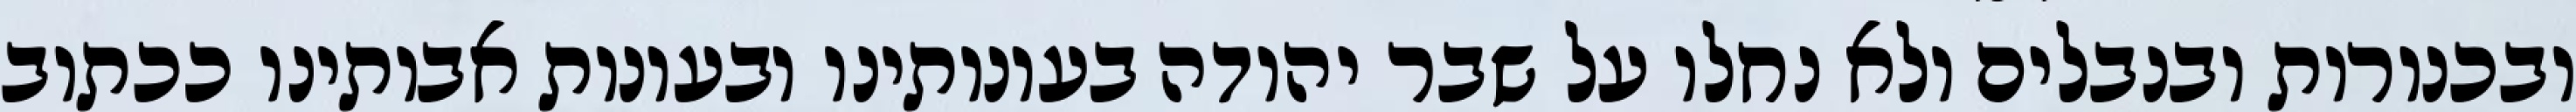
ובכנורות ובנבלים ולא נחלו על שבר יהודה בעונותינו ובעונות אבותינו ככתוב